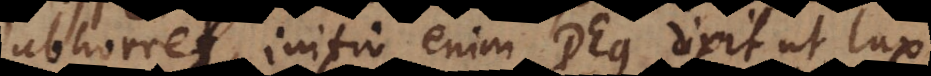
abhorret, initio enim Deus dixit ut lu